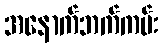
အနောက်ဘက်ကမ်း